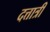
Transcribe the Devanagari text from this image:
दत्तात्री